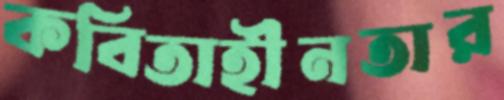
কবিতাহীনতার